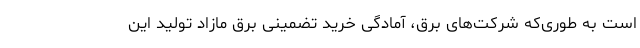
است به طوری‌که شرکت‌های برق، آمادگی خرید تضمینی برق مازاد تولید این